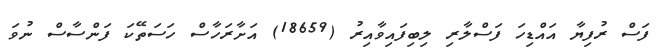
ފަސް ރުފިޔާ އައްޑިހަ ފަސްލާރި ލިބިފައިވާއިރު (18659) އަށާރަހާސް ހަސަތޭކަ ފަންސާސް ނުވަ